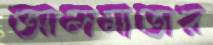
আলমাতার